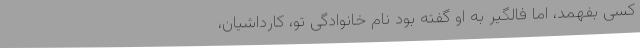
کسی بفهمد، اما فالگیر به او گفته بود نام خانوادگیِ تو، کارداشیان،